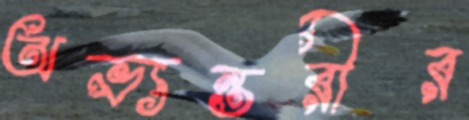
অভ্যন্তরীর